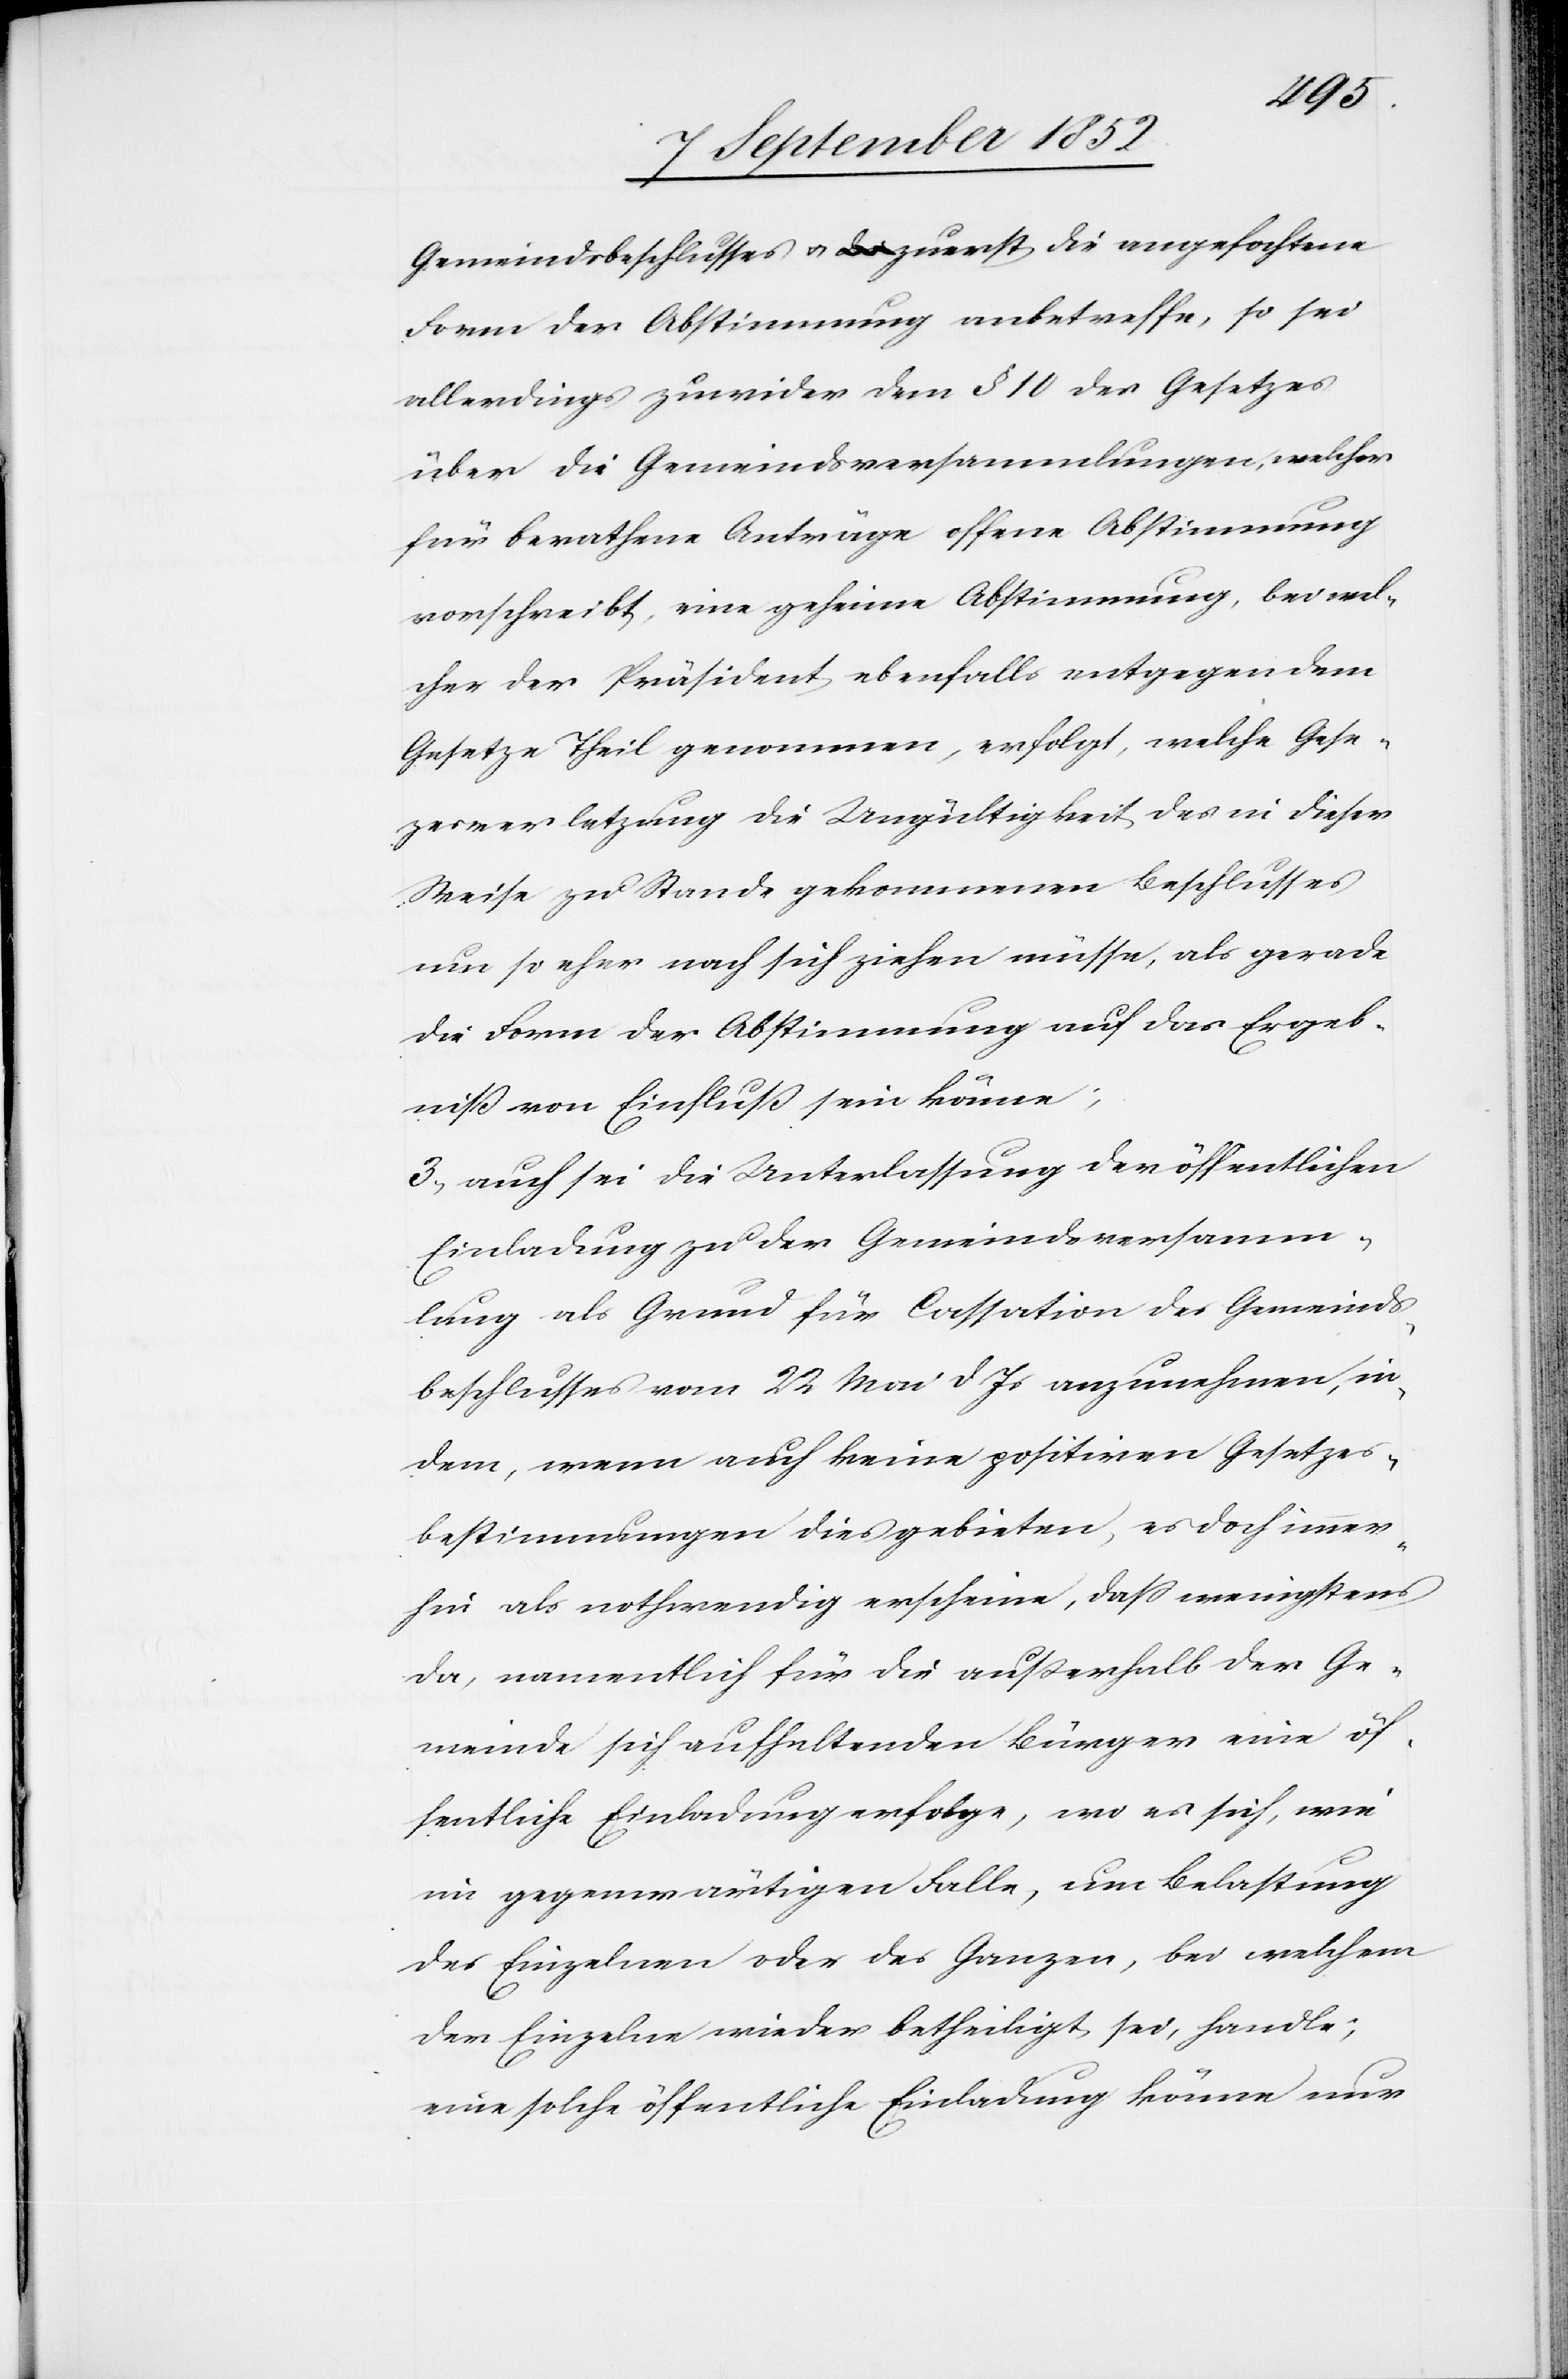
Gemeindsbeschlusses & zuerst die angefochtene
Form der Abstimmung anbetreffe, so sei
allerdings zuwider dem § 10 des Gesetzes
über die Gemeindsversammlungen, welcher
für berathene Anträge offene Abstimmung
vorschreibt, eine geheime Abstimmung, bei wel¬
cher der Präsident ebenfalls entgegen dem
Gesetze Theil genommen, erfolgt, welche Gese[t]z¬
esverletzung die Ungültigkeit des in dieser
Weise zu Stande gekommenen Beschlusses
um so eher nach sich ziehen müsse, als gerade
die Form der Abstimmung auf das Ergeb¬
niß von Einfluß sein könne;
3, auch sei die Unterlassung der öffentlichen
Einladung zu der Gemeindsversamm¬
lung als Grund für Cassation des Gemeinds¬
beschlusses vom 22 Mai d Js anzunehmen, in¬
dem, wenn auch keine positiven Gesetzes¬
bestimmungen dies gebieten, es doch immer¬
hin als nothwendig erscheine, dass wenigstens
da, namentlich für die außerhalb der Ge¬
meinde sich aufhaltenden Bürger eine öf¬
fentliche Einladung erfolge, wo es sich, wie
im gegenwärtigen Falle, um Belastung
des Einzelnen oder des Ganzen, bei welchem
der Einzelne wieder betheiligt sei, handle;
eine solche öffentliche Einladung könne nur